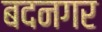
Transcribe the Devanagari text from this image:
बदनगर